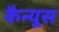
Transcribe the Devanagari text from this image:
कैन्यूस